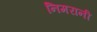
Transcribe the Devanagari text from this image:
निमरानी